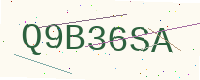
Text: Q9B36SA